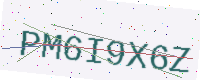
Text: PM6I9X6Z